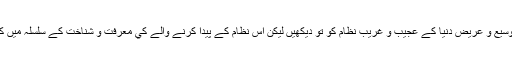
كيا يہ ممكن ہے كہ اس وسيع و عريض دنيا كے عجيب و غريب نظام كو تو ديكھيں ليكن اس نظام كے پيدا كرنے والے كي معرفت و شناخت كے سلسلہ ميں كوئي شوق ورغبت نہ ہو؟